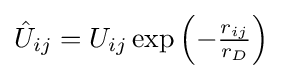
{\textstyle {\hat {U}}_{ij}=U_{ij}\exp \left(-{\frac {r_{ij}}{r_{D}}}\right)}